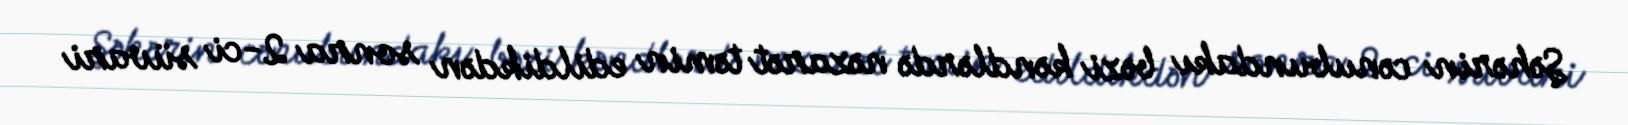
Şəhərin cənubundakı bəzi kəndlərdə nəzarət təmin edildikdən sonra 2-ci süvari